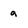
Character: a